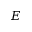
E